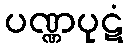
ပဏ္ဏပုဋံ